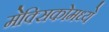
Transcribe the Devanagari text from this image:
मेक्‍सिकोमध्ये